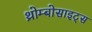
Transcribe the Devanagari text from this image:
थ्रोम्बोसाइट्स